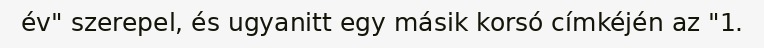
év" szerepel, és ugyanitt egy másik korsó címkéjén az "1.